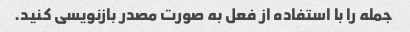
جمله را با استفاده از فعل به صورت مصدر بازنویسی کنید.